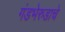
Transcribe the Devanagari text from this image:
गंडभेरुडाचे